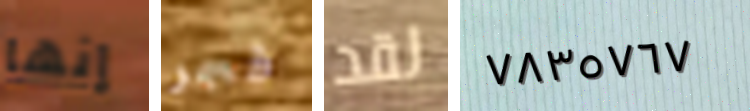
إنها فجر لقد ٧٨٣٥٧٦٧